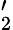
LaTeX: '_{2}